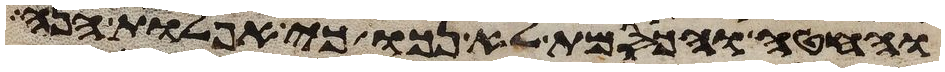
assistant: והחטה והכסמת לא נכו כי אפלות הנה